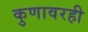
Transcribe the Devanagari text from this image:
कुणावरही